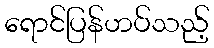
ရောင်ပြန်ဟပ်သည့်